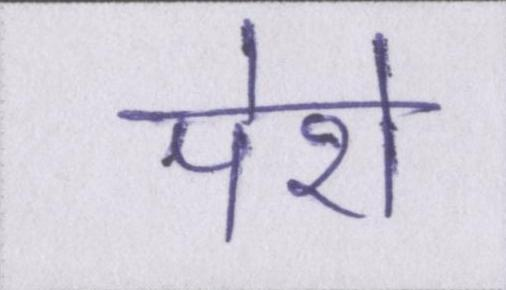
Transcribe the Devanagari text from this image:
पेशे